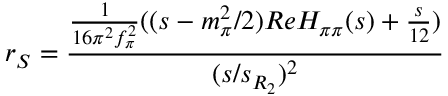
r _ { S } = \frac { { \frac { 1 } { 1 6 \pi ^ { 2 } f _ { \pi } ^ { 2 } } } ( ( s - m _ { \pi } ^ { 2 } / 2 ) R e H _ { \pi \pi } ( s ) + { \frac { s } { 1 2 } } ) } { ( s / s _ { R _ { 2 } } ) ^ { 2 } }